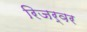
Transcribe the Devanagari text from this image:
रिजर्वर